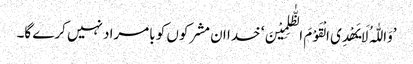
’وَاللّٰہُ لَا یَھْدِی الْقَوْمَ الظّٰلِمِیْنَ‘ خدا ان مشرکوں کو بامراد نہیں کرے گا۔